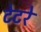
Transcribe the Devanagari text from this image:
टेटरे